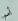
أمم